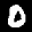
Label: 0